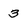
Character: 3